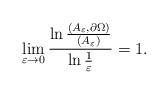
\begin{align*}\lim_{\varepsilon\to 0}\frac{\ln\frac{(A_\varepsilon, \partial \Omega)}{(A_\varepsilon)}}{\ln\frac{1}{\varepsilon}}=1.\end{align*}